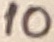
Text: 10